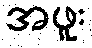
အဖူး